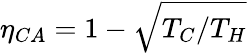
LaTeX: \eta_{CA}=1-\sqrt{T_{C}/T_{H}}